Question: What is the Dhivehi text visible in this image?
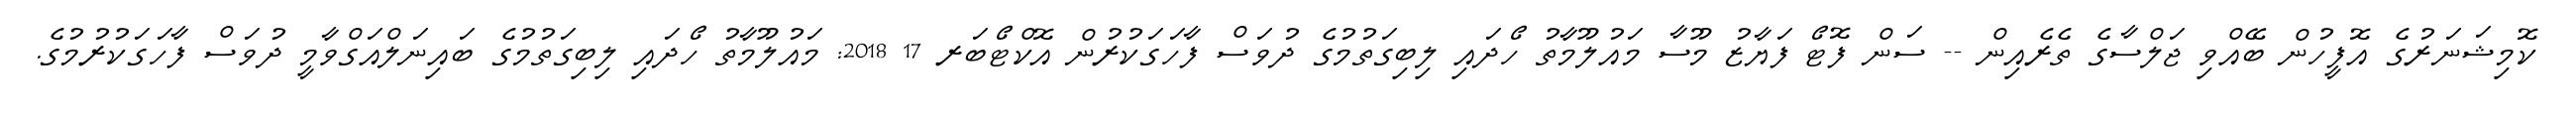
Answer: ކޮމިޝަނަރުގެ އޮފީހުން ބޭއްވި ޖަލްސާގެ ތެރެއިން -- ސަން ފޮޓޯ ފަޔާޒު މޫސާ މައުލޫމާތު ހޯދައި ލިބިގަތުމުގެ ދުވަސް ފާހަގަކުރުން އޮކްޓޯބަރ 17 2018: މައުލޫމާތު ހޯދައި ލިބިގަތުމުގެ ބައިނަލްއަގްވާމީ ދުވަސް ފާހަގަކުރުމުގެ.